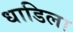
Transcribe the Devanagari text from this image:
धाडिला